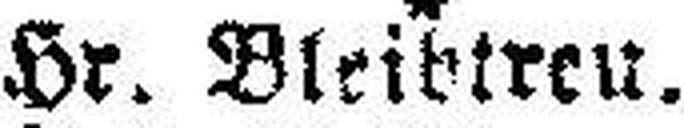
Hr. Bleibtreu.